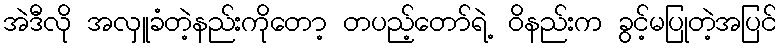
အဲဒီလို အလှူခံတဲ့နည်းကိုတော့ တပည့်တော်ရဲ့ ဝိနည်းက ခွင့်မပြုတဲ့အပြင်